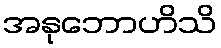
အနုဘောဟိသိ